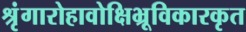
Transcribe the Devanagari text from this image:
श्रृंगारोहावोक्षिभ्रूविकारकृत